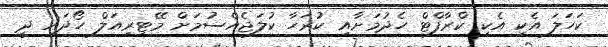
ކަހަަލަ އެކި އެކި ކްރާފްޓް ހެދުމަށާއި ކުރަހާ ކުލަޖެއްސުމަށް މޭޓިރިއަލް ހޯދައި ދީ